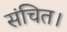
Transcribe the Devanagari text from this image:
संचित।